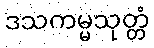
ဒသကမ္မသုတ္တံ